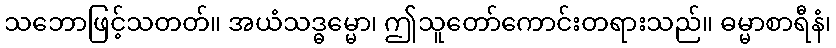
သဘောဖြင့်သတတ်။ အယံသဒ္ဓမ္မော၊ ဤသူတော်ကောင်းတရားသည်။ ဓမ္မာစာရီနံ၊